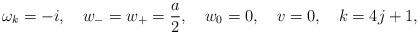
LaTeX: \begin{align*} \omega _k=-i,\quad w_-=w_+=\frac a2,\quad w_0=0, \quad v= 0,\quad k=4j+1,\end{align*}